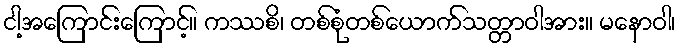
ငါ့အကြောင်းကြောင့်။ ကဿစိ၊ တစ်စုံတစ်ယောက်သတ္တာဝါအား။ မနောဝါ၊